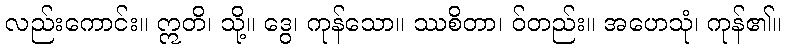
လည်းကောင်း။ ဣတိ၊ သို့။ ဒွေ၊ ကုန်သော။ ဿစိတာ၊ ဝ်တည်း။ အဟေသုံ၊ ကုန်၏။